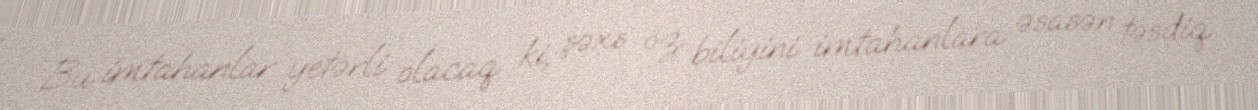
Bu imtahanlar yetərli olacaq ki, şəxs öz biliyini imtahanlara əsasən təsdiq